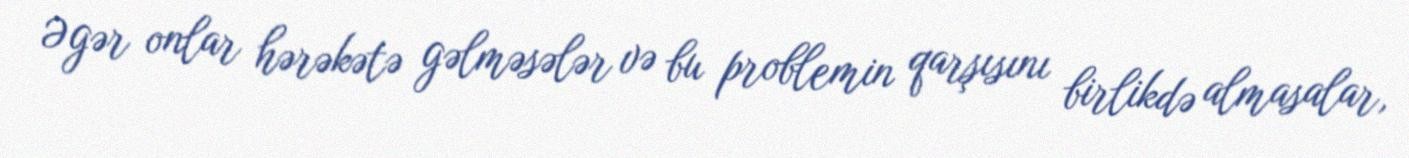
Əgər onlar hərəkətə gəlməsələr və bu problemin qarşısını birlikdə almasalar,